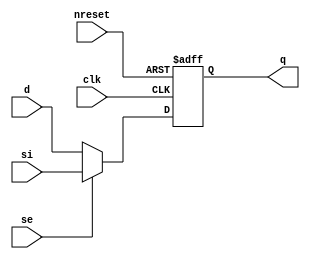
//#############################################################################
//# Function:  Positive edge-triggered static D-type flop-flop with async     #
//#            active low reset and scan input                                # 
//#                                                                           #
//# Copyright: OH Project Authors. All rights Reserved.                       #
//# License:   MIT (see LICENSE file in OH repository)                        # 
//#############################################################################

module oh_sdffrq #(parameter DW = 1) // array width
   (
    input [DW-1:0] 	d,
    input [DW-1:0] 	si,
    input [DW-1:0] 	se,
    input [DW-1:0] 	clk,
    input [DW-1:0] 	nreset,
    output reg [DW-1:0] q
    );
   
   always @ (posedge clk or negedge nreset)
     if(!nreset)
       q <= 'b0;
     else
       q <= se ? si : d;
      
endmodule